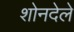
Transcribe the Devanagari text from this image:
शोनदेले